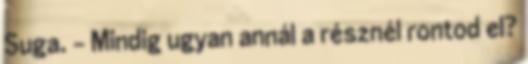
Suga. - Mindig ugyan annál a résznél rontod el?